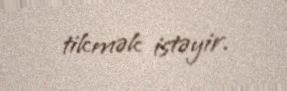
tikmək istəyir.